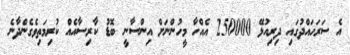
އެ ސަރަހައްދުގައި ދިރިއުޅޭ 250000 އެއްހާ މީހުންނަށް އިންސާނީ ބޮޑު ކާރިސާއެއް ކުރިމަތިވެގެންދާނެ